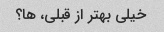
خیلی بهتر از قبلی، ها؟